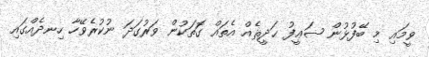
ވީމައި މި ބޭފުޅުން ޟަޢީފު ޙަދީޘެއް އެތައް ގޮަތަކުން ވަރުގަދަ ނުކުރެވޭހާ ހިނދެއްގައި